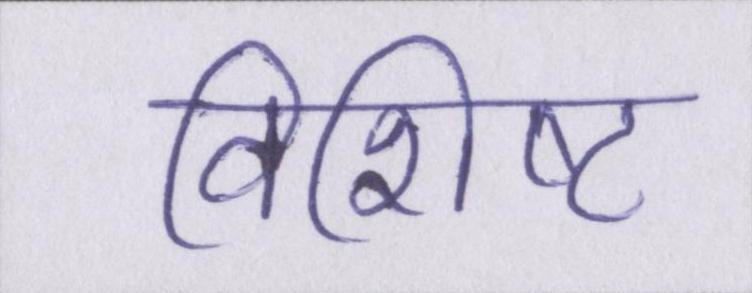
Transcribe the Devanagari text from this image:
विशिष्ट